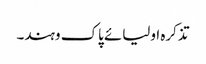
تذکرہ اولیائے پاک وہند۔